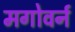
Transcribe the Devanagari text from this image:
मगोवर्न